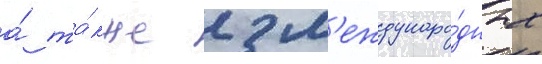
а́ та́кже 2 м'еждунаро́дных